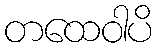
တထေဝါပိ